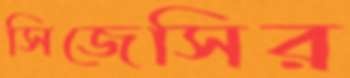
সিজেসির